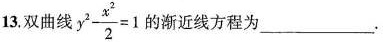
13.双曲线$$y^{2}- \frac{x^{2}}{2}=1$$的渐近线方程为___.